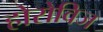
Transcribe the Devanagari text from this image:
होरोविज